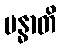
ဗန္ဓာတိ